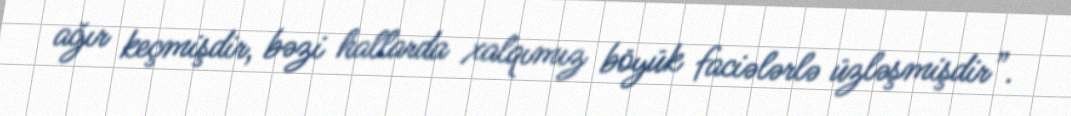
ağır keçmişdir, bəzi hallarda xalqımız böyük faciələrlə üzləşmişdir”.